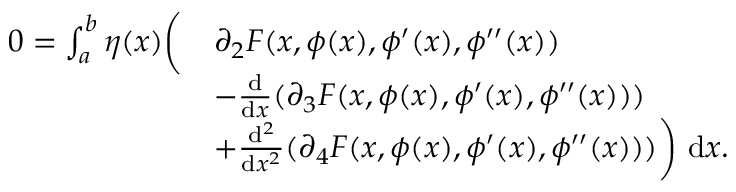
\begin{array} { r l } { 0 = \int _ { a } ^ { b } \eta ( x ) \biggl ( } & { \partial _ { 2 } F ( x , \phi ( x ) , \phi ^ { \prime } ( x ) , \phi ^ { \prime \prime } ( x ) ) } \\ & { - \frac { \mathrm { d } } { \mathrm { d } x } ( \partial _ { 3 } F ( x , \phi ( x ) , \phi ^ { \prime } ( x ) , \phi ^ { \prime \prime } ( x ) ) ) } \\ & { + \frac { \mathrm { d } ^ { 2 } } { \mathrm { d } x ^ { 2 } } ( \partial _ { 4 } F ( x , \phi ( x ) , \phi ^ { \prime } ( x ) , \phi ^ { \prime \prime } ( x ) ) ) \biggr ) ~ \mathrm { d } x . } \end{array}